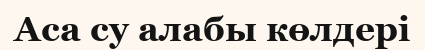
Аса су алабы көлдері